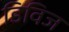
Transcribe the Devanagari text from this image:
डिविज